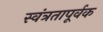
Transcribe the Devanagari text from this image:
स्वंत्रतापूर्वक